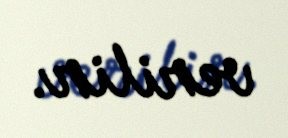
verilir.